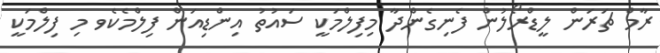
ރާމް ޗަރަން ލީޑްރޯލުން ފެނިގެންދާ މިފިލްމަކީ ސައުތު އިންޑިއަން ފިލްމެކެވ މި ފިލްމަކީ